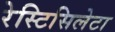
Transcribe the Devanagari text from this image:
रेस्टिसिलेटा